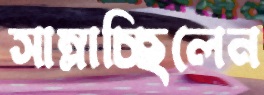
সাম্‌লাচ্ছিলেন